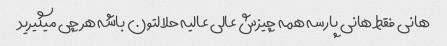
هانی فقط هانی پارسه همه چیزش عالی عالیه حلالتون باشه هر چی میگیرید